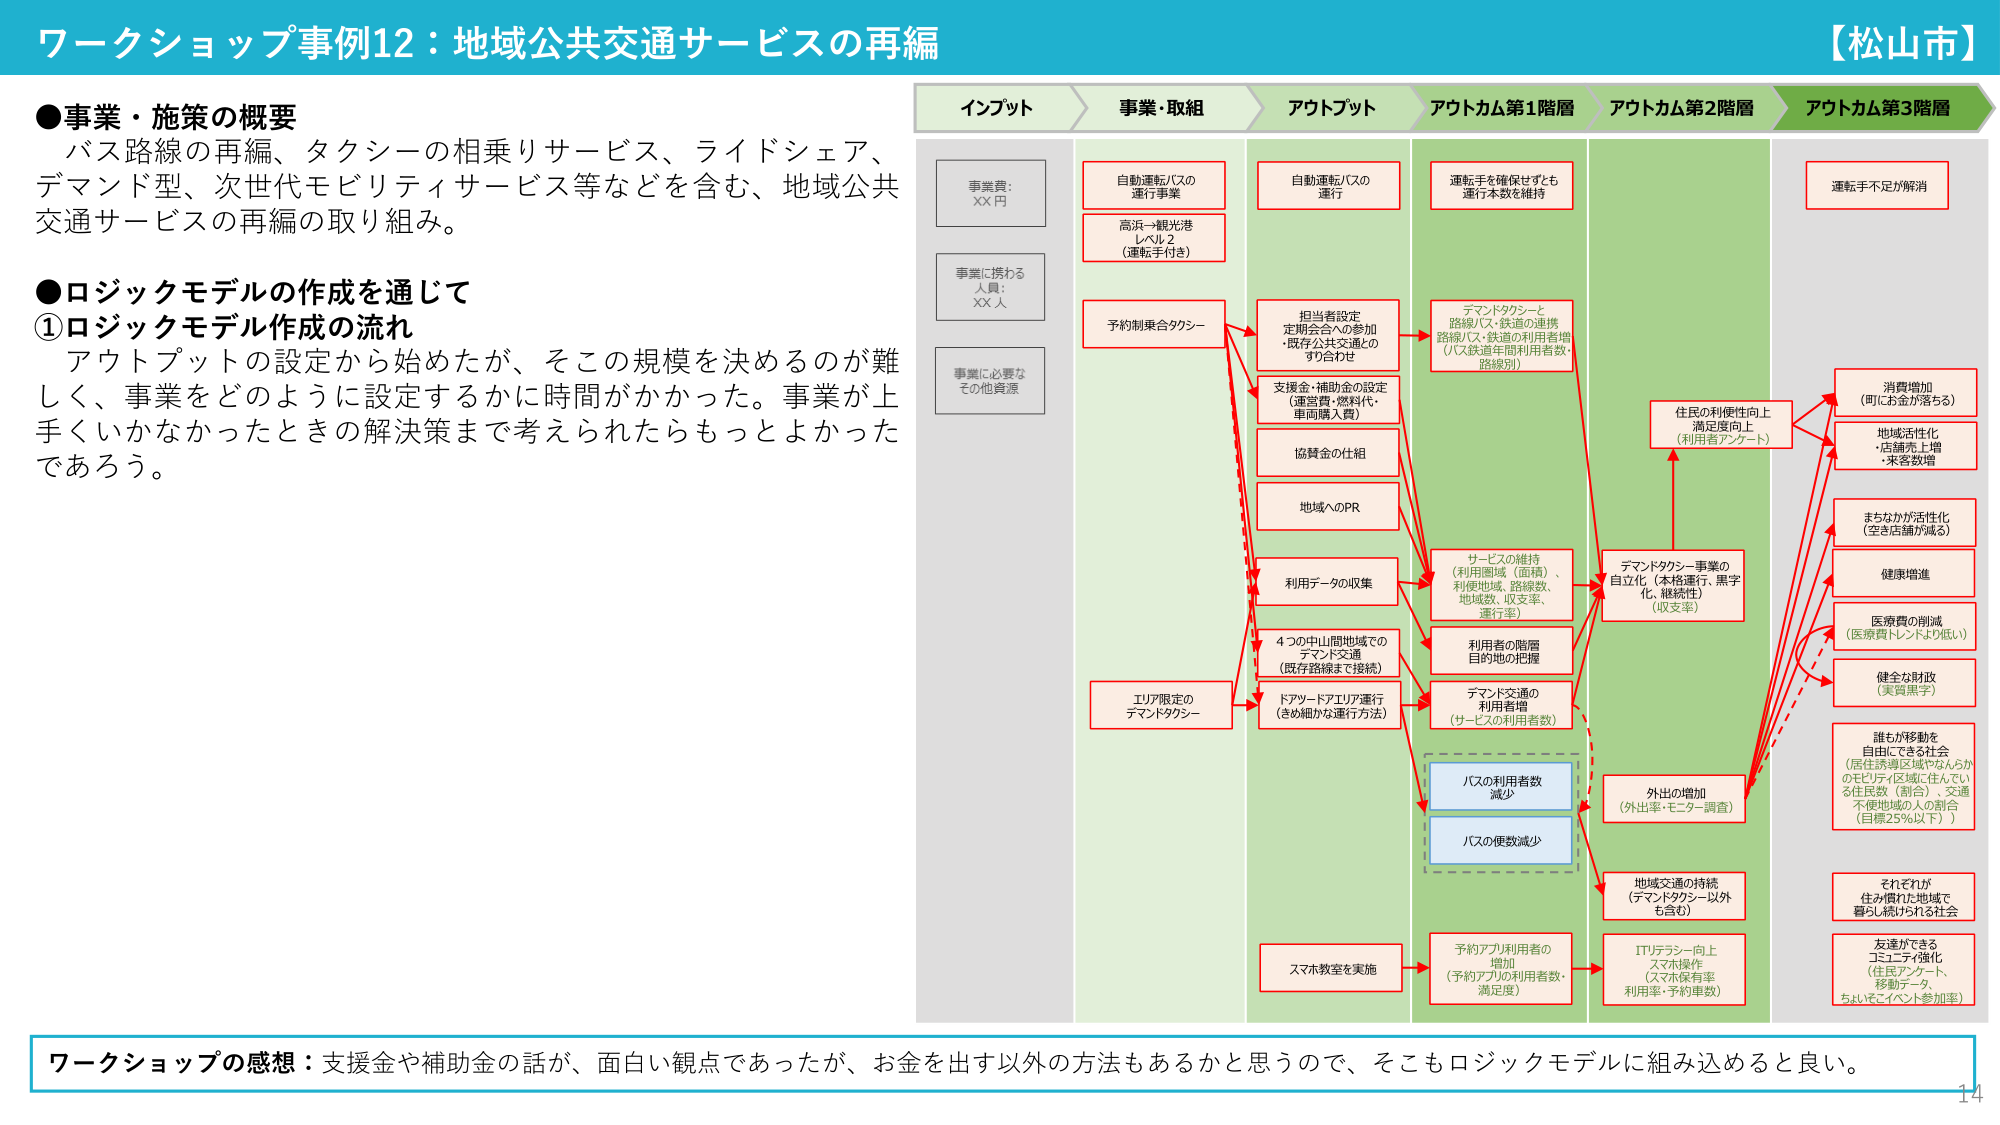
ワークショップ事例12：地域公共交通サービスの再編
【松山市】

●事業・施策の概要
バス路線の再編、タクシーの相乗りサービス、ライドシェア、
デマンド型、次世代モビリティサービス等などを含む、地域公共
交通サービスの再編の取り組み。

●ロジックモデルの作成を通じて
①ロジックモデル作成の流れ
アウトプットの設定から始めたが、そこの規模を決めるのが難
しく、事業をどのように設定するかに時間がかかった。事業が上
手くいかなかったときの解決策まで考えられたらもっとよかった
であろう。

インプット
事業費：
XX 円
事業に携わる
人員：
XX 人
事業に必要な
その他資源

事業・取組
自動運転バスの
運行事業
高浜→観光港
レベル2
（運転手付き）
予約制乗合タクシー
エリア限定の
デマンドタクシー

アウトプット
自動運転バスの
運行
担当者設定
定期会合への参加
・既存公共交通との
  すり合わせ
支援金・補助金の設定
（運営費・燃料代・
  車両購入費）
協賛金の仕組
地域へのPR
利用データの収集
4つの中山間地域での
デマンド交通
（既存路線まで接続）
ドアツードアエリア運行
（きめ細かな運行方法）
スマホ教室を実施

アウトカム第1階層
運転手を確保せずとも
運行本数を維持
デマンドタクシーと
路線バス・鉄道の連携
路線バス・鉄道の利用者増
（バス鉄道年間利用者数・
 路線別）
サービスの維持
（利用圏域（面積）、
 利便地域、路線数、
 地域数、収支率、
 運行率）
利用者の階層
目的地の把握
デマンド交通の
利用者増
（サービスの利用者数）
バスの利用者数
減少
バスの便数減少
予約アプリ利用者の
増加
（予約アプリの利用者数・
 満足度）

アウトカム第2階層
住民の利便性向上
満足度向上
（利用者アンケート）
デマンドタクシー事業の
自立化（本格運行、黒字
化、継続性）
（収支率）
外出の増加
（外出率・モニター調査）
地域交通の持続
（デマンドタクシー以外
 も含む）
ITリテラシー向上
スマホ操作
（スマホ保有率
 利用率・予約事数）

アウトカム第3階層
運転手不足が解消
消費増加
（町にお金が落ちる）
地域活性化
・店舗売上増
・来客数増
まちなかが活性化
（空き店舗が減る）
健康増進
医療費の削減
（医療費トレンドが低い）
健全な財政
（実質黒字）
誰もが移動を
自由にできる社会
（居住誘導区域やなんらか
 のモビリティ区域に住んでい
 る住民数（割合）、交通
 不便地域の人の割合
 （目標25％以下））
それぞれが
住み慣れた地域で
暮らし続けられる社会
友達ができる
コミュニティ強化
（住民アンケート、
 移動データ、
 ちよんこイベント参加率）

ワークショップの感想：支援金や補助金の話が、面白い観点であったが、お金を出す以外の方法もあるかと思うので、そこもロジックモデルに組み込めると良い。
14